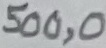
Text: 500,0